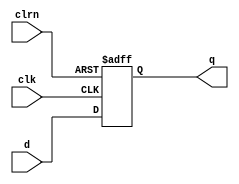
module dff32 (d,clk,clrn,q);
   input  [31:0] d;
   input         clk,clrn;
   output [31:0] q;
   reg [31:0]    q;
   always @ (negedge clrn or posedge clk)
      if (clrn == 0) begin

          q <=0;
          //q <= -4;
      end else begin
          q <= d;
      end
endmodule